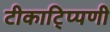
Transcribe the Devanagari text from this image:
टीकाटि्प्पणी